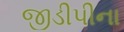
જીડીપીના